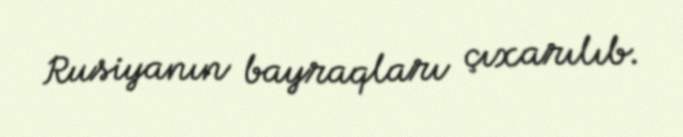
Rusiyanın bayraqları çıxarılıb.